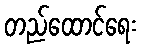
တည်ထောင်ရေး